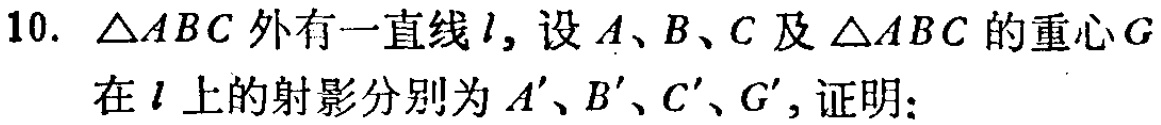
10. $\triangle ABC$ 外有一直线 $l$，设 $A$、$B$、$C$ 及 $\triangle ABC$ 的重心 $G$ 在 $l$ 上的射影分别为 $A'$、$B'$、$C'$、$G'$，证明：